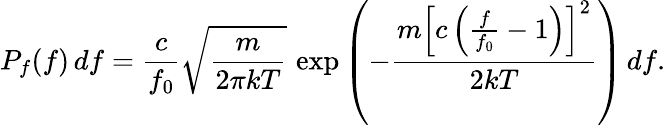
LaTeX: P_{f}(f)\, df={\frac{c}{f_{0}}}{\sqrt{\frac{m}{2\pi kT}}}\, \exp\left(-{\frac{m\left[c\left({\frac{f}{f_{0}}}-1\right)\right]^{2}}{2kT}}\right)\, df.